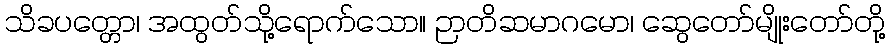
သိခပတ္တော၊ အထွတ်သို့ရောက်သော။ ဉာတိဆမာဂမော၊ ဆွေတော်မျိုးတော်တို့